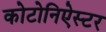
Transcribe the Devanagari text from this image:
कोटोनिऐस्टर